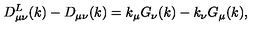
D _ { \mu \nu } ^ { L } ( k ) - D _ { \mu \nu } ( k ) = k _ { \mu } G _ { \nu } ( k ) - k _ { \nu } G _ { \mu } ( k ) ,